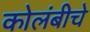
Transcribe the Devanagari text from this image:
कोलंबीचे